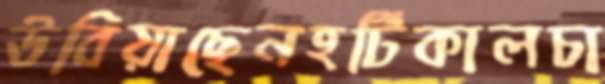
উবিয়াছেনহর্টিকালচা